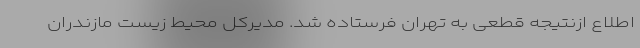
اطلاع ازنتیجه قطعی به تهران فرستاده شد. مدیرکل محیط زیست مازندران